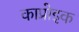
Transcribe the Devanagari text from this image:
काप्रोइक